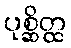
ပုစ္ဆိတ္ထ